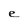
Character: e